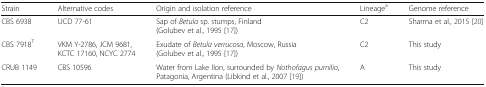
<table><thead><tr><td><b>Strain</b></td><td><b>Alternative codes</b></td><td><b>Origin and isolation reference</b></td><td><b>Lineage<sup>a</sup></b></td><td><b>Genome reference</b></td></tr></thead><tbody><tr><td>CBS 6938</td><td>UCD 77-61</td><td>Sap of <i>Betula</i> sp. stumps, Finland (Golubev et al., 1995 [17])</td><td>C2</td><td>Sharma et al., 2015 [20]</td></tr><tr><td>CBS 7918<sup>T</sup></td><td>VKM Y-2786, JCM 9681, KCTC 17160, NCYC 2774</td><td>Exudate of <i>Betula verrucosa</i>, Moscow, Russia (Golubev et al., 1995 [17])</td><td>C2</td><td>This study</td></tr><tr><td>CRUB 1149</td><td>CBS 10596</td><td>Water from Lake Ilon, surrounded by <i>Nothofagus pumilio</i>, Patagonia, Argentina (Libkind et al., 2007 [19])</td><td>A</td><td>This study</td></tr></tbody></table>